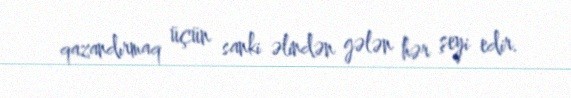
qazandırmaq üçün sanki əlindən gələn hər şeyi edir.